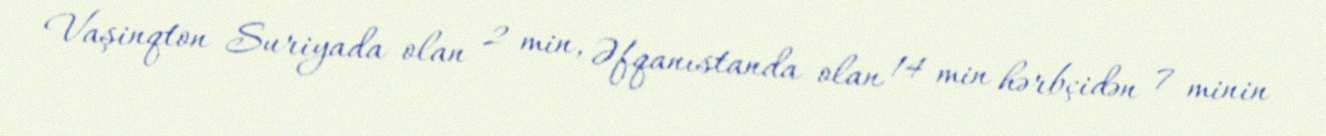
Vaşinqton Suriyada olan 2 min, Əfqanıstanda olan 14 min hərbçidən 7 minin